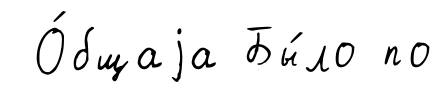
О́бщаjа Бы́ло по